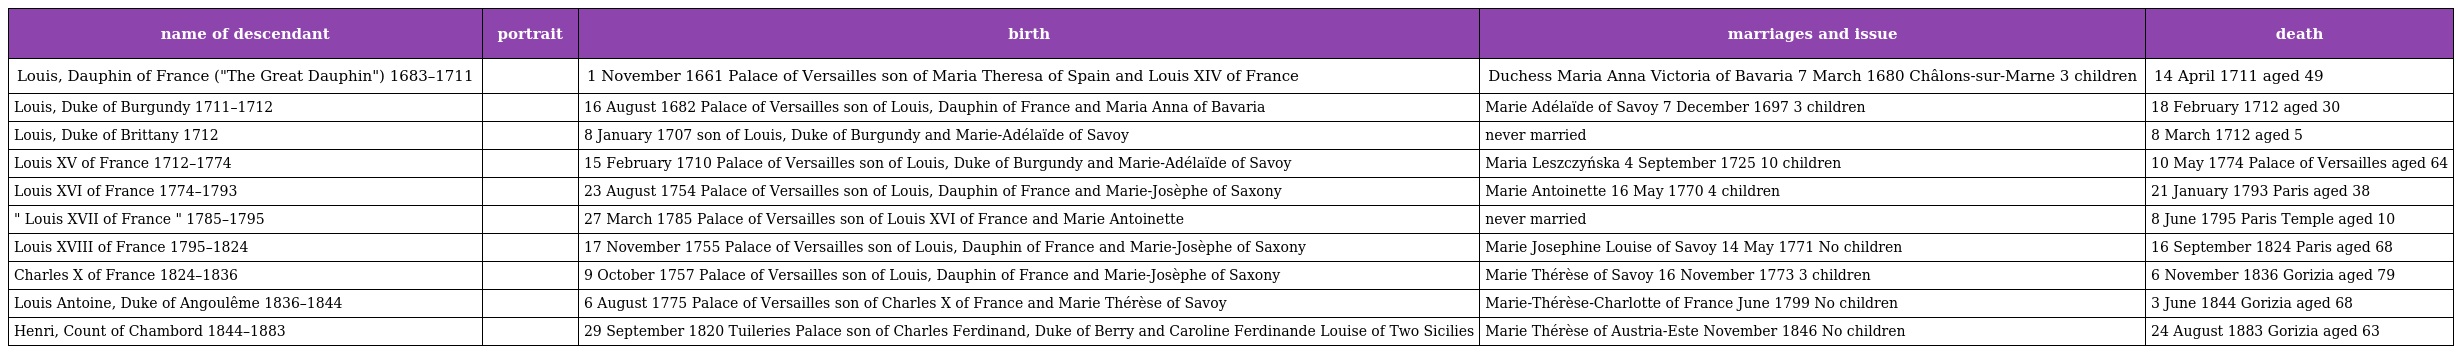
| name of descendant | portrait | birth | marriages and issue | death |
 | --- | --- | --- | --- | --- |
 | Louis, Dauphin of France ("The Great Dauphin") 1683–1711 |  | 1 November 1661 Palace of Versailles son of Maria Theresa of Spain and Louis XIV of France | Duchess Maria Anna Victoria of Bavaria 7 March 1680 Châlons-sur-Marne 3 children | 14 April 1711 aged 49 |
 | Louis, Duke of Burgundy 1711–1712 |  | 16 August 1682 Palace of Versailles son of Louis, Dauphin of France and Maria Anna of Bavaria | Marie Adélaïde of Savoy 7 December 1697 3 children | 18 February 1712 aged 30 |
 | Louis, Duke of Brittany 1712 |  | 8 January 1707 son of Louis, Duke of Burgundy and Marie-Adélaïde of Savoy | never married | 8 March 1712 aged 5 |
 | Louis XV of France 1712–1774 |  | 15 February 1710 Palace of Versailles son of Louis, Duke of Burgundy and Marie-Adélaïde of Savoy | Maria Leszczyńska 4 September 1725 10 children | 10 May 1774 Palace of Versailles aged 64 |
 | Louis XVI of France 1774–1793 |  | 23 August 1754 Palace of Versailles son of Louis, Dauphin of France and Marie-Josèphe of Saxony | Marie Antoinette 16 May 1770 4 children | 21 January 1793 Paris aged 38 |
 | " Louis XVII of France " 1785–1795 |  | 27 March 1785 Palace of Versailles son of Louis XVI of France and Marie Antoinette | never married | 8 June 1795 Paris Temple aged 10 |
 | Louis XVIII of France 1795–1824 |  | 17 November 1755 Palace of Versailles son of Louis, Dauphin of France and Marie-Josèphe of Saxony | Marie Josephine Louise of Savoy 14 May 1771 No children | 16 September 1824 Paris aged 68 |
 | Charles X of France 1824–1836 |  | 9 October 1757 Palace of Versailles son of Louis, Dauphin of France and Marie-Josèphe of Saxony | Marie Thérèse of Savoy 16 November 1773 3 children | 6 November 1836 Gorizia aged 79 |
 | Louis Antoine, Duke of Angoulême 1836–1844 |  | 6 August 1775 Palace of Versailles son of Charles X of France and Marie Thérèse of Savoy | Marie-Thérèse-Charlotte of France June 1799 No children | 3 June 1844 Gorizia aged 68 |
 | Henri, Count of Chambord 1844–1883 |  | 29 September 1820 Tuileries Palace son of Charles Ferdinand, Duke of Berry and Caroline Ferdinande Louise of Two Sicilies | Marie Thérèse of Austria-Este November 1846 No children | 24 August 1883 Gorizia aged 63 |